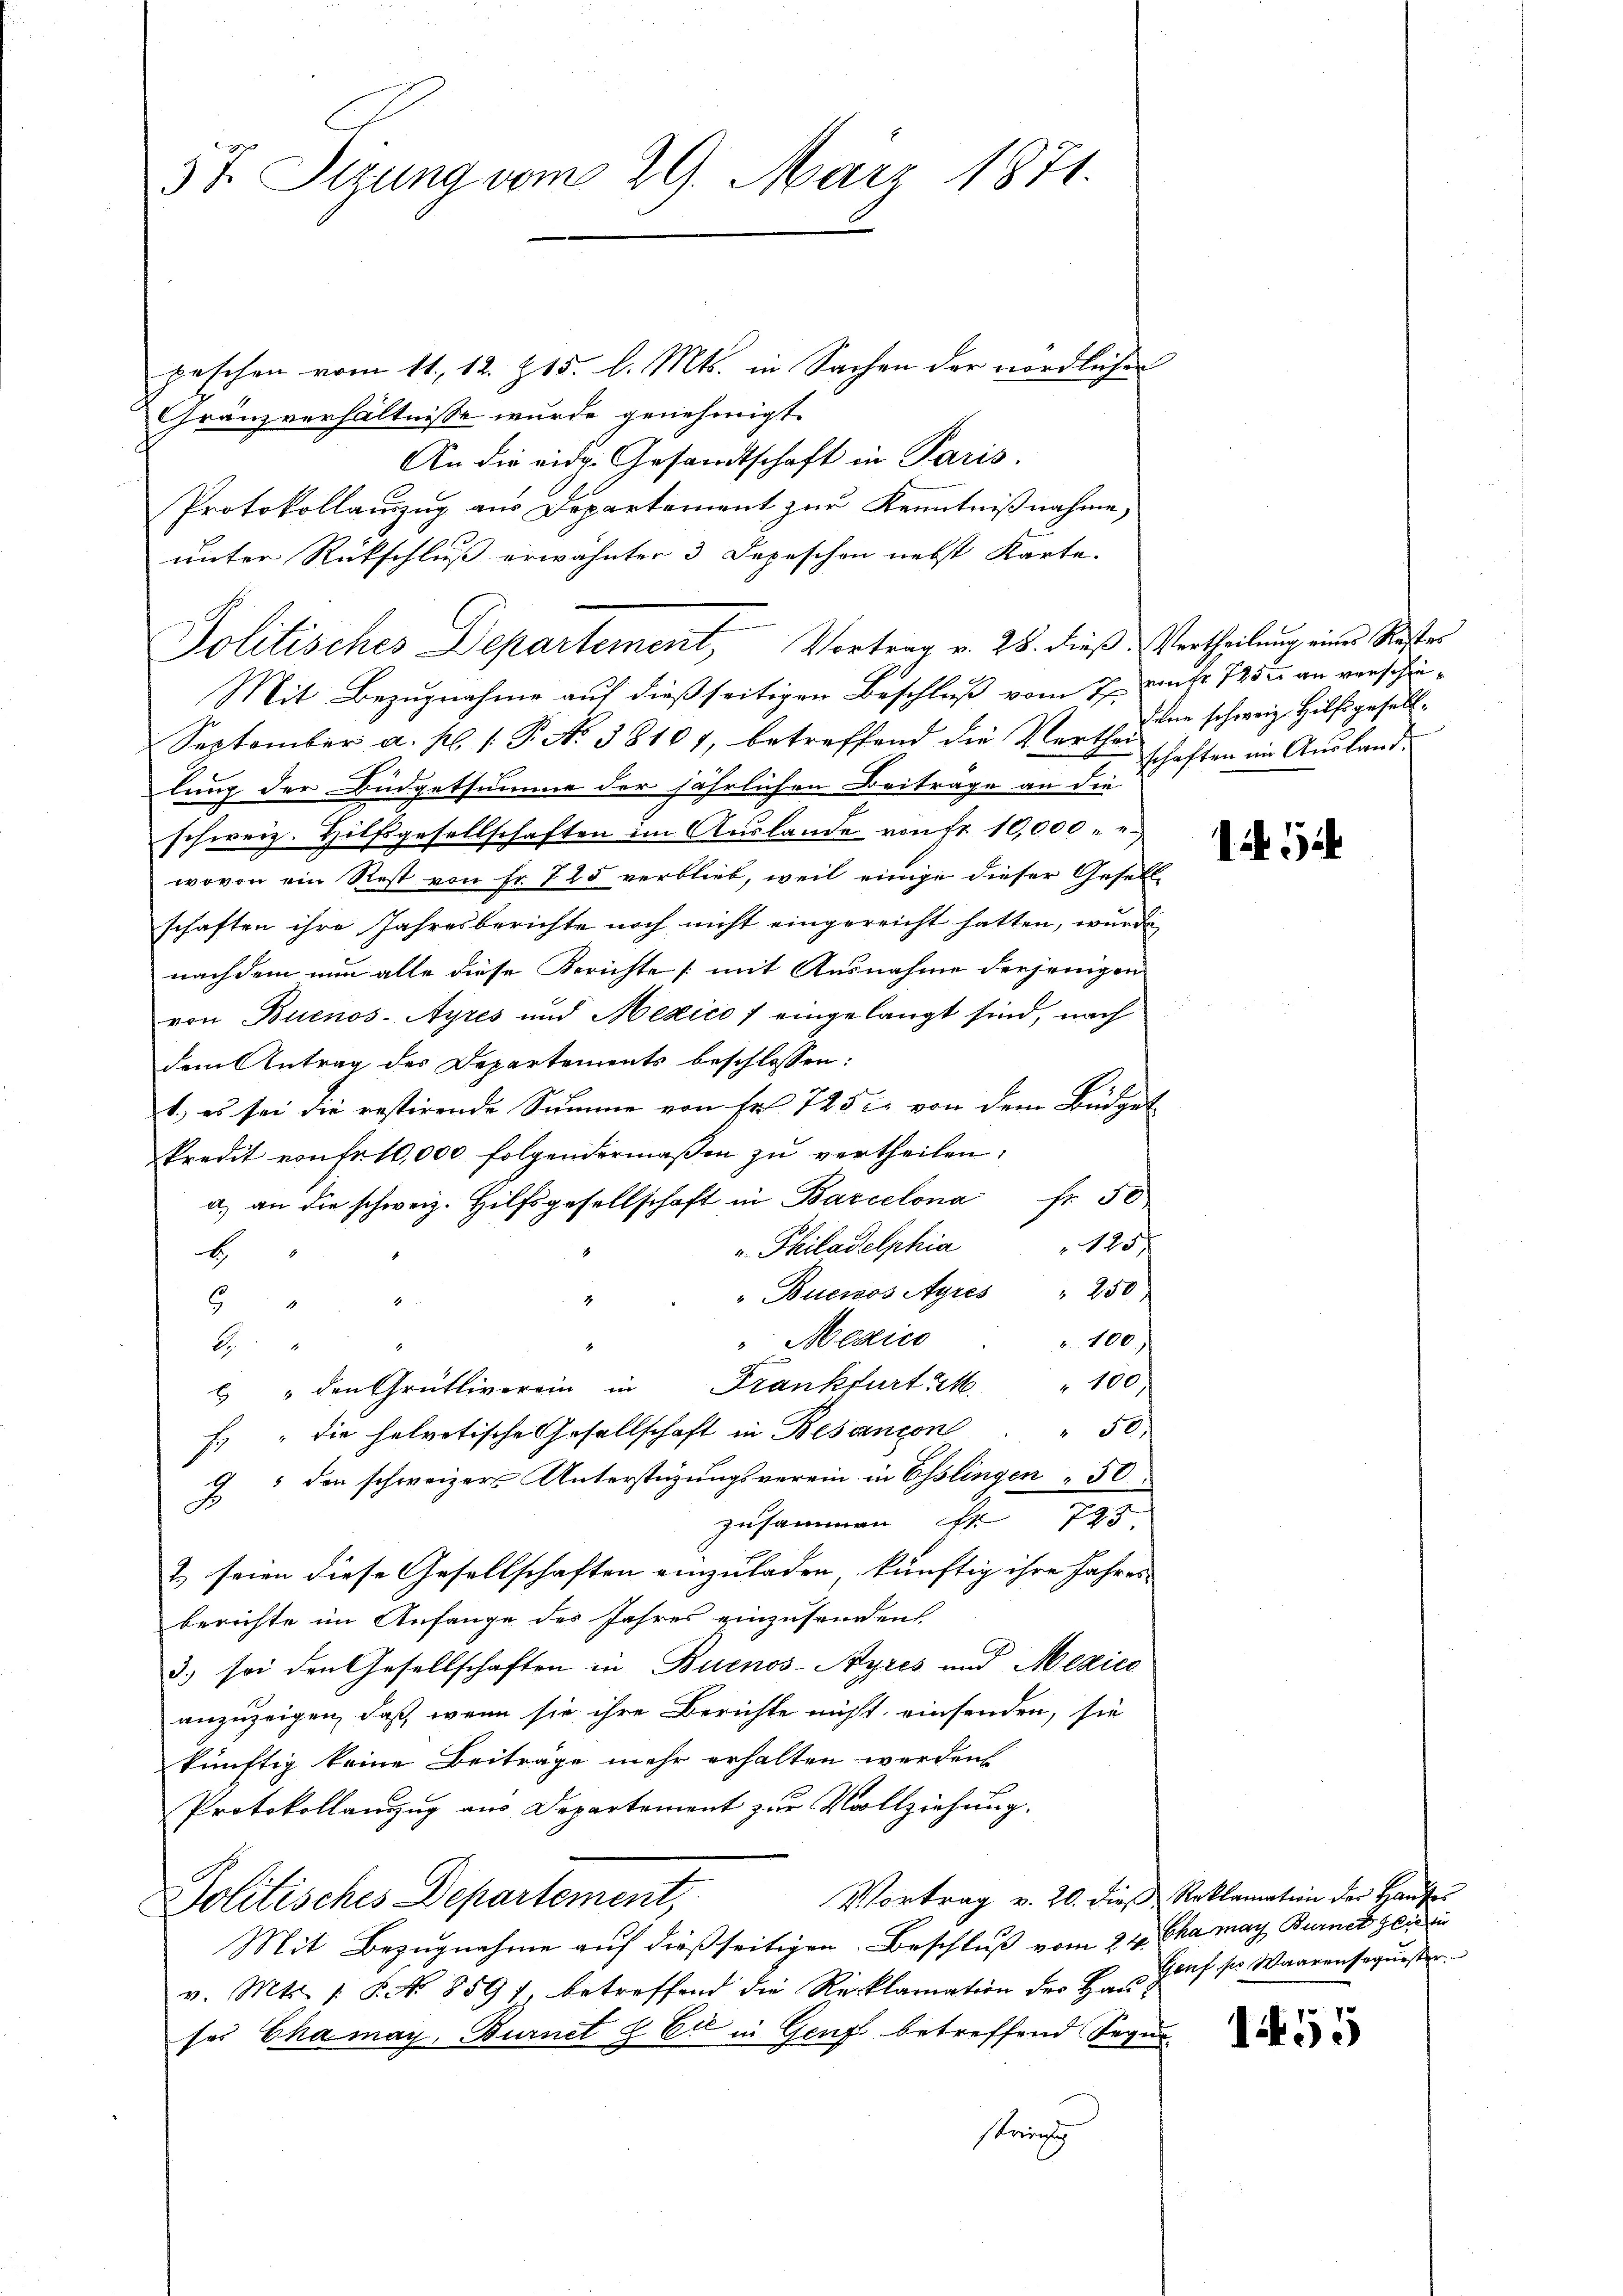
57. Sitzung vom 29. März 1871.

peschen vom 11. 12. 215. l. Mts. in Sachen der nördlichen
Gränzverhältnisse wurde genehmigt.
An die eidg. Gesandtschaft in Paris.
Protokollanzug aus Departement zur Kenntnißnahme,
unter Rückschluß erwähnter 3 Depeschon nebst Karte.
Politisches Departement, Vortrag v. 28. dieß Vertheilung eine Koster
Mit Bezugnahme auf dießseitigen Beschluß vom 27. nicht 1882 an verschie¬
September a. p. P. N. 38107, betreffend die Vertheilen schweiz. Hilfsgeselllung der Büdgetsumme der jährlichen Beiträge an die
schweiz. Hilfsgesellschaften im Auslande von Fr. 10,000 - 4.)
wovon ein Rest von Fr. 725 verblieb, weil einige dieser Gesell
schaften ihre Jahresberichte noch nicht eingereicht hatten, wurde
nachdem nun alle diese Berichte (mit Ausnahme derjenigen
von Buenos-Ayres und Mexico / eingelangt sind, nach
dem Antrag des Departements beschlossen:
1., es sei die restirende Summe von fr. 725 in von dem Büdget
kredit von fr. 10,000 folgendermaβen zŭ vertheilen:
a) an die schweiz. Hilfsgesellschaft in Barcelona fr. 50
125.
 Philadelphia
b
"Buenos Ayres " 250
4
1
E
Mexico
" 100.
de
 " den Grütliverein in Frankfurt u. 100,
 50.
f. " die helvetische Gesellschaft in Besançon
J. den schweizers Unterstüzungsverein in Esslingen 50.
zusammen . 723.
2) seien diese Gesellschaften einzuladen künftig ihre Jahres
berichte im Anfange des Jahres einzusenden.
3) sei den Gesellschaften in Buenos-Ayres und Mexico
anzuzeigen, daß, wenn sie ihre Berichte nicht, einsenden, sie
künftig keine Beiträge mehr erhalten werden.
Protokollanzug aus Departement zur Vollziehung.
Vortrag v. 20. dieß Reklamation der Hauses
Politisches Departement,
Mit Bezugnahme auf dießseitigen Beschluß vom 24. Chamay Burnet zei
v. Mts. 1. P. No 859 betreffend die Reklamation der Hau Genf sr Waarensequester
ses Chamay, Burnet & Ei in Genf betreffend Begui
streinig

schaften im Auslande

i i

1455